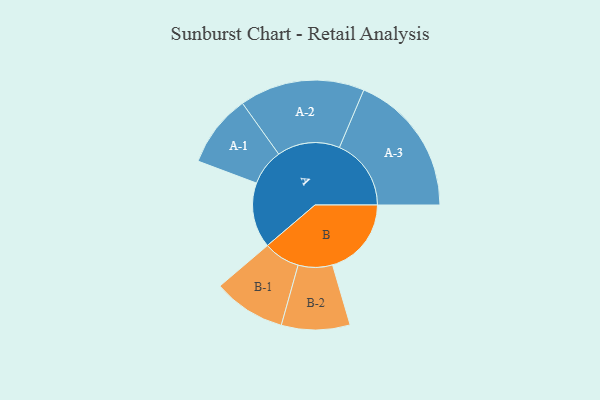
{"axis": {"x": "Segment", "y": "Value"}, "legend": ["", "A", "B"], "data": [{"x": "A", "y": 221, "type": ""}, {"x": "B", "y": 267, "type": ""}, {"x": "A-1", "y": 123, "type": "A"}, {"x": "A-2", "y": 212, "type": "A"}, {"x": "A-3", "y": 243, "type": "A"}, {"x": "B-1", "y": 123, "type": "B"}, {"x": "B-2", "y": 116, "type": "B"}]}